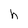
Character: h